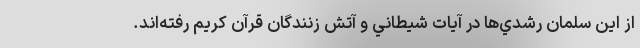
از این سلمان رشدي‌ها در آيات شيطاني و آتش زنندگان قرآن كريم رفته‌اند.